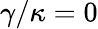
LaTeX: \gamma/\kappa=0